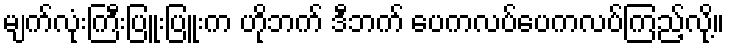
မျက်လုံးကြီးပြူးပြူးက ဟိုဘက် ဒီဘက် ပေကလပ်ပေကလပ်ကြည့်လို့။